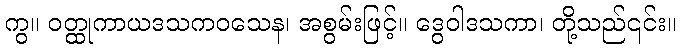
ကွ။ ဝတ္ထုကာယဒသကဝသေန၊ အစွမ်းဖြင့်။ ဒွေဝါဒသကာ၊ တို့သည်၎င်း။